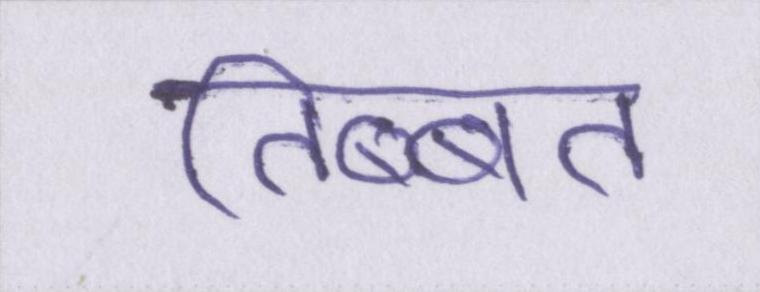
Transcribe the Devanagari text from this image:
तिब्बत